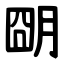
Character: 朙